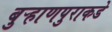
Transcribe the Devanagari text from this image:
बुऱ्हाणपुराकडे